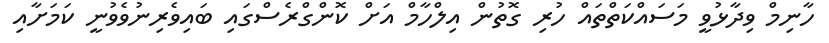
ހާނިމް ވިދާޅުވީ މަސައްކަތްތައް ހުރި ގޮތުން އިލްހާމް އަށް ކޮންގްރެސްގައި ބައިވެރިނުވެވުނީ ކަމަށާއި